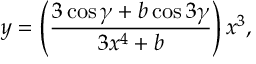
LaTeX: y = \left( \frac { 3 \cos \gamma + b \cos 3 \gamma } { 3 x ^ { 4 } + b } \right) x ^ { 3 } ,